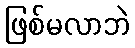
ဖြစ်မလာဘဲ